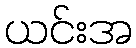
ယင်းအ